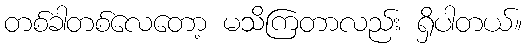
တစ်ခါတစ်လေတော့ မသိကြတာလည်း ရှိပါတယ်။